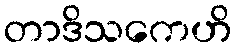
တာဒိသကေဟိ